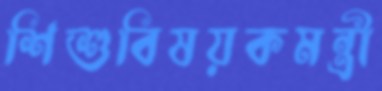
শিশুবিষয়কমন্ত্রী